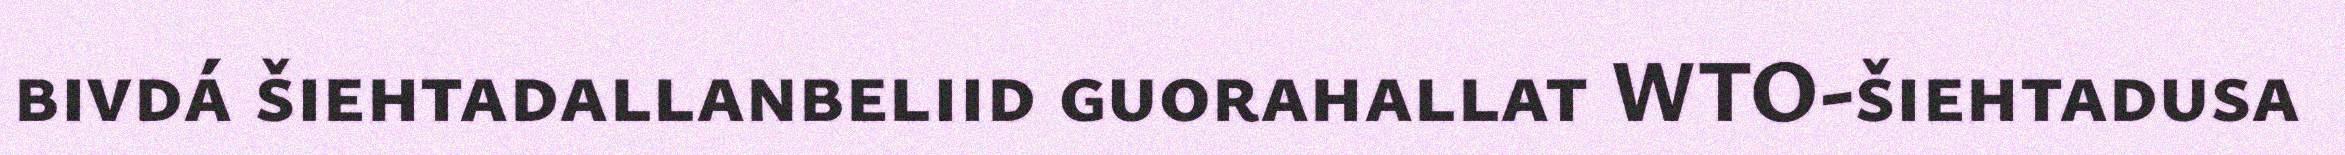
bivdá šiehtadallanbeliid guorahallat WTO-šiehtadusa